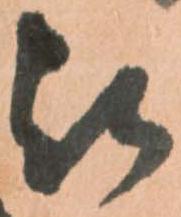
被